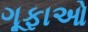
ગૂફાઓ